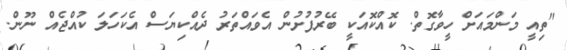
"ތިއީ މަންމައަށް ހީވާގޮތް. ކޮއްކޮއަކީ ބޭރުފުށުން އެވައްތަރު ދެއްކިޔަސް އެކަހަލަ ކުއްޖެއް ނޫން.